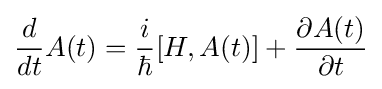
{\frac {d}{dt}}A(t)={\frac {i}{\hbar }}[H,A(t)]+{\frac {\partial A(t)}{\partial t}}